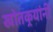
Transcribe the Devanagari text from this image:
खोतकर्‍यांनी